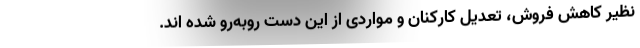
نظیر کاهش فروش‌، تعدیل کارکنان و مواردی از این دست روبه‌رو شده اند.